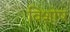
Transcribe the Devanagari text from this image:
विशोष